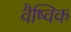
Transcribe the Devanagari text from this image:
वैष्विक